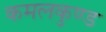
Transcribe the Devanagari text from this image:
कमलकुण्ड